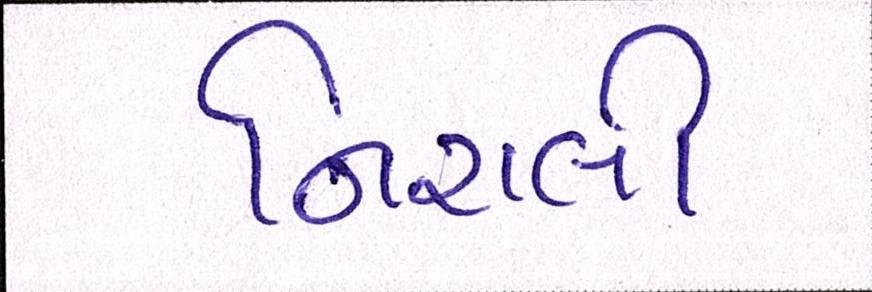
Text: નિરાલી